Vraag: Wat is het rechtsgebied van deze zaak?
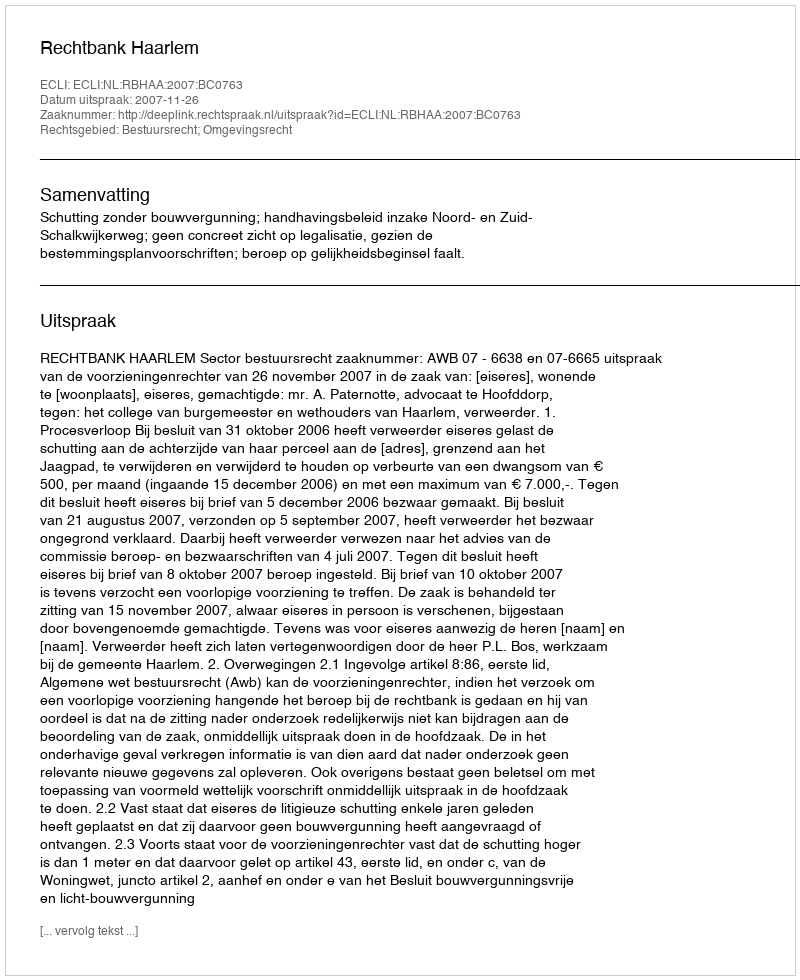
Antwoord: Bestuursrecht; Omgevingsrecht